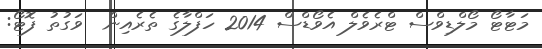
މަޓާޓޯ މޯލްޑިވްސް ޓްރެވެލް އެވޯޑްސް 2014 ހަފްލާގެ ތެރެއިން  ވަގުތު ފޮޓޯ: